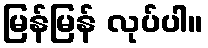
မြန်မြန် လုပ်ပါ။